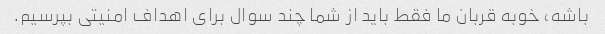
باشه، خوبه قربان ما فقط باید از شما چند سوال برای اهداف امنیتی بپرسیم.